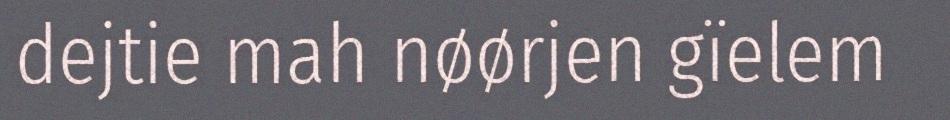
dejtie mah nøørjen gïelem